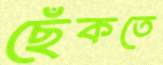
ছেঁকতে